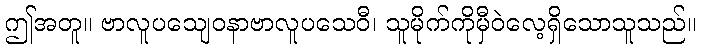
ဤအတူ။ ဗာလူပသျေဝနာဗာလူပသေဝီ၊ သူမိုက်ကိုမှီဝဲလေ့ရှိသောသူသည်။